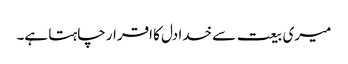
میری بیعت سے خدا دل کا اقرار چاہتا ہے۔